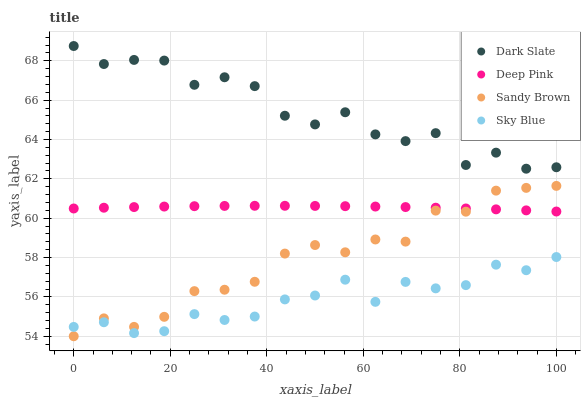
| xaxis_label | Dark Slate | Deep Pink | Sandy Brown | Sky Blue |
 | --- | --- | --- | --- | --- |
 | 0 | 68.8 | 60.5 | 54 | 54.5 |
 | 6.25 | 67.8 | 60.5 | 54.9 | 54.7 |
 | 12.5 | 68 | 60.6 | 54.5 | 54.2 |
 | 18.8 | 68 | 60.6 | 55 | 54.3 |
 | 25 | 66.8 | 60.6 | 56.3 | 55.1 |
 | 31.2 | 67.2 | 60.6 | 56.4 | 54.8 |
 | 37.5 | 66.7 | 60.6 | 56.8 | 55 |
 | 43.8 | 65.2 | 60.6 | 58.2 | 55.9 |
 | 50 | 64.8 | 60.6 | 58.6 | 56.1 |
 | 56.2 | 65.4 | 60.6 | 58.3 | 56.9 |
 | 62.5 | 64.3 | 60.6 | 58.9 | 55.7 |
 | 68.8 | 63.9 | 60.6 | 58.8 | 56.8 |
 | 75 | 64.3 | 60.5 | 60.4 | 56.4 |
 | 81.2 | 62.7 | 60.5 | 60.3 | 56.6 |
 | 87.5 | 63.3 | 60.4 | 61.4 | 57.6 |
 | 93.8 | 62.5 | 60.4 | 61.5 | 57.4 |
 | 100 | 62.6 | 60.3 | 61.6 | 58 |